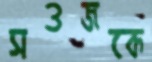
সওজকে